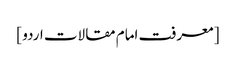
[ معرفت امام مقالات اردو ]